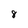
Character: 8